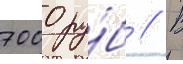
7000 ру́б // В